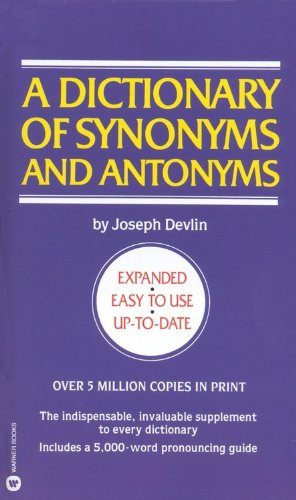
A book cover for A Dictionary of Synonyms and Antonyms; Joseph Devlin; Reference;